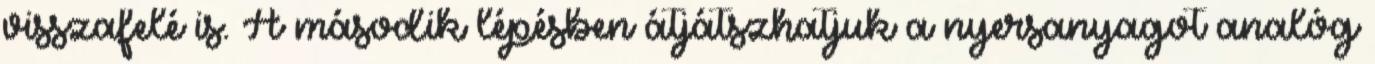
visszafelé is. A második lépésben átjátszhatjuk a nyersanyagot analóg